Annual report on the working of the lock hospitals in the Central Provinces
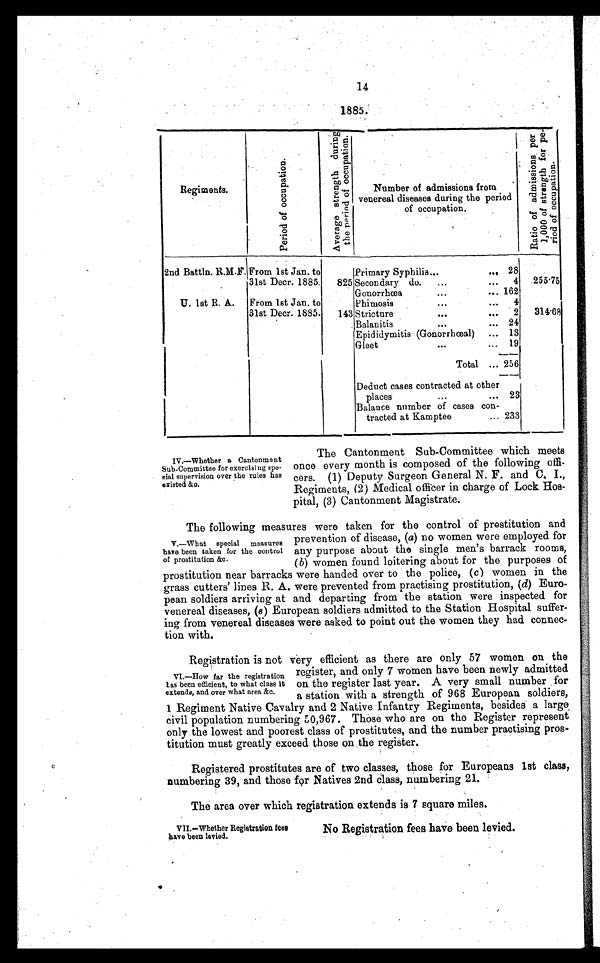
14
1885.
Regiments.
P e r i o d o f o c c u p a t i o n .
A v e r a g e s t r e n g t h d u r i n g t e p e r i o d o f o c c u p a t i o n .
Number of admissions from
venereal diseases during the period
of occupation.
R a t i o o f a d m i s s i o n p e r 1 , 0 0 0 o f s t r n g t h f o r p e - r i o d o f o c c u p a t i o n .
2nd Battln. R.M.F.
From 1st Jan. to
31st Decr. 1885.
825
Primary Syphilis...
.., 28
255.75
Secondary do. ...
... 4
162
U. 1st R. A.
Gonorrhœa
...
...
From 1st Jan. to
31st Decr. 1885.
143
4
Phimosis
...
...
314.68
2
Stricture
...
...
24
Balanitis
...
...
13
Epididymitis (Gonorrhœal) ...
19
G l e e t . . .
Total ... 256
Deduct cases contracted at other
places... 23
Balance number of cases con-
tracted at Kamptee
... 233
The Cantonment Sub-Committee which meets
IV.—Whether a Cantonment
Sub-Committee for exercising spe- once every month is composed of the following offi-
cial supervision over the rules has cers. (1) Deputy Surgeon General N. F. and C. L.,
existed &c.
Regiments, (2) Medical officer in charge of Lock Hos-
pital, (3) Cantonment Magistrate.
The following measures were taken for the control of prostitution and
V.—What special measures prevention of disease, ( a) no women were employed for
have been taken for the control any purpose about the single men's barrack rooms,
of prostitution &c.[
( b) women found loitering about for the purposes of
prostitution near barracks were handed over to the police, ( c ) women in the
grass cutters' lines R. A. were prevented from practising prostitution, ( d) Euro-
pean soldiers arriving at and departing from the station were inspected for
venereal diseases, ( e ) European soldiers admitted to the Station Hospital suffer-
ing from venereal diseases were asked to point out the women they had connec-
tion with.
Registration is not very efficient as there are only 57 women on the
register, and. only 7 women have been newly admitted
VI.—How for the registration
has been efficient, to what class it on the register last year. A very small number for
extends, and over what area &c.
a station with a strength of 968 European soldiers,
1 Regiment Native Cavalry and 2 Native Infantry Regiments, besides a large
civil population numbering 50,967. Those who are on the Register represent
only the lowest and poorest class of prostitutes, and the number practising pros-
titution must greatly exceed those on the register.
Registered prostitutes are of two classes, those for Europeans 1st class,
numbering 39, and those for Natives 2nd class, numbering 21.
The area over which registration extends is 7 square miles.
VII.—whether Registration fees
No Registration fees have been levied.
have been levied.